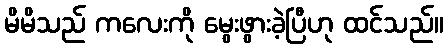
မိမိသည် ကလေးကို မွေးဖွားခဲ့ပြီဟု ထင်သည်။